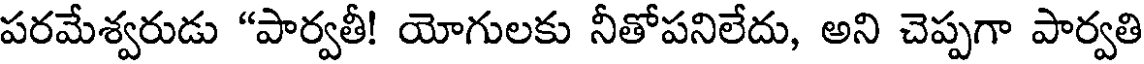
పరమేశ్వరుడు "పార్వతీ! యోగులకు నీతోపనిలేదు, అని చెప్పగా పార్వతి